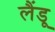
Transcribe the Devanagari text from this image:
लैंडू